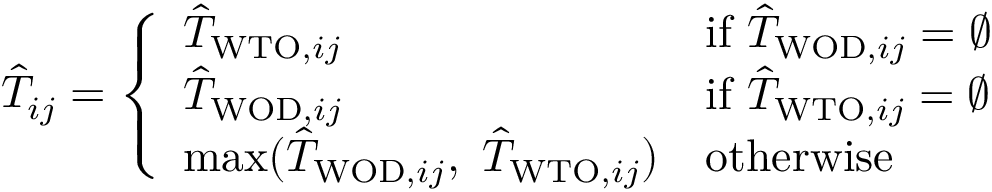
\begin{array} { r } { \hat { T } _ { i j } = \left\{ \begin{array} { l l } { \hat { T } _ { \mathrm { W T O } , i j } } & { \mathrm { i f } \ \hat { T } _ { \mathrm { W O D } , i j } = \emptyset } \\ { \hat { T } _ { \mathrm { W O D } , i j } } & { \mathrm { i f } \ \hat { T } _ { \mathrm { W T O } , i j } = \emptyset } \\ { \operatorname* { m a x } ( \hat { T } _ { \mathrm { W O D } , i j } , \ \hat { T } _ { \mathrm { W T O } , i j } ) } & { \mathrm { o t h e r w i s e } } \end{array} \right. } \end{array}